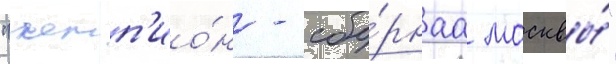
"чемп'ио́н - сбо́рнаа москвы́"